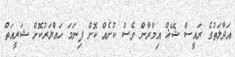
އަދާލަތުގެ ރައީސް ޝޭޚް އިމްރާން ވެސް ކުށެއް ކޮށް ފިނަމަ ހައްުޔަރުކޮށް ޝަރީއަތް